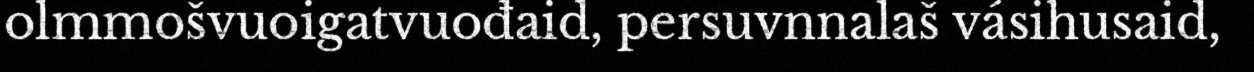
olmmošvuoigatvuođaid, persuvnnalaš vásihusaid,